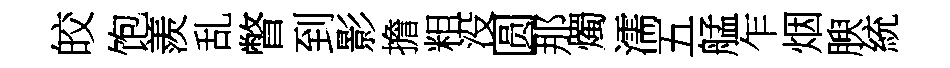
皎饱羨乱瞥到影擔粗没圆那燭濡五艋乍烟腴統